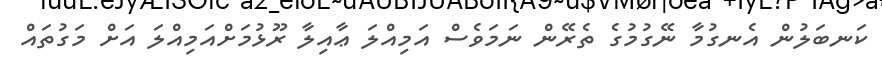
ކަނބަލުން އެނގުމާ ނޭގުމުގެ ތެރޭން ނަމަވެސް އަމިއްލަ ޢާއިލާ ރޫޅުމަށްއަމިއްލަ އަށް މަގުތައް